Vaccination in Bombay 1889-1901 - 1889-1901
Year: 1889
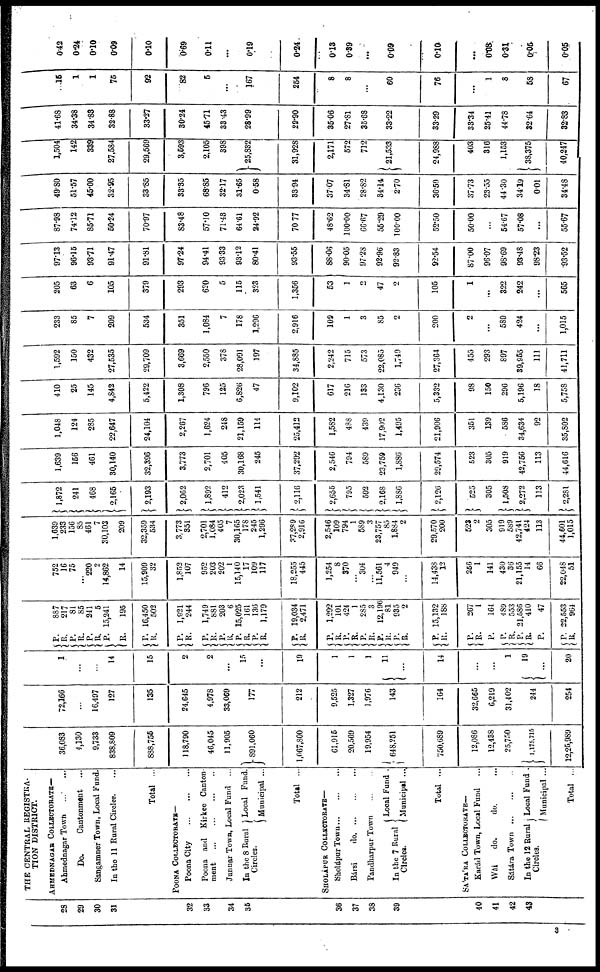
28
29
30
31
32
33
34
35
36
37
38
39
40
41
42
43
THE CENTRAL REGISTRA-
TION DISTRICT.
AHMEDNAGAR COLLECTORATE—
Ahmednagar Town
...
...
Do.
Cantonment ...
Sangamner Town, Local Fund.
In the 11 Rural Circles. ...
Total ...
POONA COLLECTORATE—
Poona City
...
...
...
Poona and Kirkee Canton-
ment
...
...
...
...
Junnar Town, Local Fund ...
In the 8 Rural
Circles.
Local Fund.
Municipal ...
Total ...
SHOLÁPUR COLLECTORATR—
Sholápur Town...
...
...
Bársi
do. ... ... ...
Pandharpur Town
...
...
In the 7 Rural
Circles.
Local Fund .
Municipal ...
Total ...
SÁTÁRA COLLECTORATE—
Karád Town, Local Fund ...
Wài
do.
do. ...
Sátára
Town...
...
...
In the 12 Rural
Circles.
Local Fund .
Municipal ...
Total ...
36,083
4,130
9,733
838,809
888,755
18,790
46,045
11,905
891,060
1,067,800
61,916
20,569
19,954
648,251
750,689
12,086
12,438
25,750
1,175,715
12,25,989
72,166
...
16,497
127
135
24,645
4,978
33,069
177
212
9,525
1,327
1,976
143
164
32,665
6,219
31,402
244
254
1
...
...
14
15
2
2
...
15
...
19
1
1
1
11
...
14
...
...
1
19
...
20
P.
R.
P.
R.
P.
R.
P.
R.
P.
R.
P.
R.
P.
R. P.
R. P.
R.
P.
R.
P.
R.
P.
R.
P. R.
P.
R.
P.
R. P.
R.
P.
R.
P.
R.
P.
P.
R.
P.
R.
P.
P.
R.
887
217
81
85
241
5
15,241
195
16,450
502
1,921
244
1,749
881
203
6
15 025
161
136
1,179
19,034
2,471
1,292
101
424
1
285
3
12,196
81
935
2
15,132
188
267
1
164
489
553
21,586
410
47
22,553
964
752
16
75
...
220
2
14,862
14
15,909
32
1,852
107
952
203
202
1
15,140
17
109
117
18,255
445
1,254
8
370
...
304
...
11,561
4
949
...
14,438
12
256
1
141
430
36
21,155
14
66
22,048
51
1,639
233
156
85
461
7
30,103
209
32,359
534
3,773
351
2,701
1,084
405
7
30,165
178
245
1,296
37,289
2,916
2,546
109
794
1
589
3
23,757
85
1,884
2
29,570
200
523
2
305
919
589
42,741
424
113
44,601
1,015
1,872
241
468
2,165
2,193
2,062
1,892
412
2,023
1,541
2,116
2,655
795
592
2,168
1,886
2,126
525
305
1,508
2,272
113
2,281
1,639
156
461
30,140
32,396
3,773
2,701
405
30,168
245
37,292
2,546
794
589
23,759
1,886
29,574
523
305
919
42,756
113
44,616
1,048
124
285
22,647
24,104
2,267
1,624
248
21,159
114
25,412
1,582
488
439
17,902
1,495
21,906
351
139
586
34,634
92
35,802
410
25
145
4,842
5,422
1,308
796
125
6,826
47
9,102
617
216
133
4,130
236
5,332
98
150
296
5,196
18
5,758
1,592
150
432
27,535
29,709
3,669
2,550
378
28,091
197
34,885
2,242
715
573
22,085
1,749
27,364
455
293
897
39,955
111
41,711
233
85
7
209
534
351
1,084
7
178
1,296
2,916
109
1
3
85
2
200
2
...
589
424
...
1,015
205
63
6
105
379
293
620
5
115
323
1,356
53
1
2
47
2
105
1
...
322
242
...
565
97.13
96.15
93.71
91.47
91.81
97.24
94.41
93.33
93.12
80.41
93.55
88.06
90.05
97.28
92.96
92.83
92.54
87.00
96.07
98.69
93.48
98.33
93.52
87.98
74.12
85.71
50.24
70.97
83.48
57.10
71.43
64.61
24.92
70.77
48.62
100.00
66.67
55.29
100.00
52.50
50.00
...
54.67
57.08
...
55.67
49.80
51.57
45.00
32.95
33.85
33.35
68.85
32.17
31.65
0.58
33.94
37.07
34.81
28.82
34.14.
2.70
36.59
37.73
23.55
44.30
34.19
0.01
34.48
1,504
142
339
27,584
29,569
3,593
2,105
398
25,832
31,928
2,171
572
712
21,533
24,988
403
316
1,153
38,375
40,247
41.68
34.38
34.83
32.88
33.27
30.24
45.71
33.43
28.99
29.90
35.06
27.81
35.68
33.22
33.29
33.34
25.41
44.78
32.64
32.83
15
1
1
75
92
82
5
...
167
254
8
8
...
60
76
...
1
8
58
67
0.42
0.24
0.10
0.09
0.10
0.69
0.11
...
0.19
0.24
0.13
0.39
...
0.09
0.10
...
0.08
0.31
0.05
0.05
3